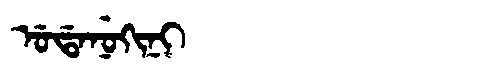
Manchu: ᡠᡩᠠᠨᡠᡴᡳᠨᡳ
Romanization: UDANUKINI